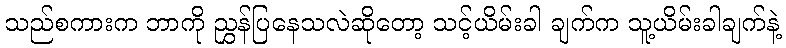
သည်စကားက ဘာကို ညွှန်ပြနေသလဲဆိုတော့ သင့်ယိမ်းခါ ချက်က သူ့ယိမ်းခါချက်နဲ့